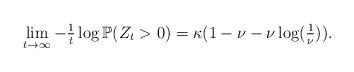
LaTeX: \begin{align*} \lim_{t\to\infty}-\tfrac1t\log\mathbb P(Z_t>0) &= \kappa(1 - \nu - \nu\log(\tfrac1\nu)). \end{align*}